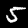
Label: 5